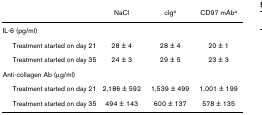
|  | NaCl | cIga | CD97 mAba |
 | --- | --- | --- | --- |
 | IL-6 (pg/ml) |  |  |  |
 | Treatment started on day 21 | 28 ± 4 | 28 ± 4 | 20 ± 1 |
 | Treatment started on day 35 | 24 ± 3 | 29 ± 5 | 23 ± 3 |
 | Anti-collagen Ab (μg/ml) |  |  |  |
 | Treatment started on day 21 | 2,186 ± 592 | 1,539 ± 499 | 1,001 ± 199 |
 | Treatment started on day 35 | 494 ± 143 | 600 ± 137 | 578 ± 135 |